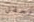
لحفل